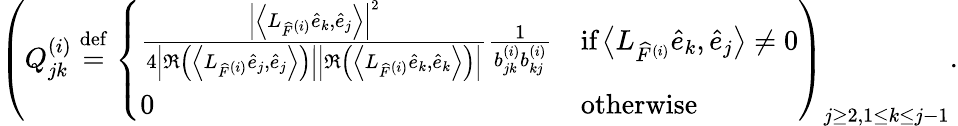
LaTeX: \left(Q_{jk}^{(i)}\stackrel{\mathrm{def}}{=}\left\{ \begin{array}{ll}{\frac{\left|\left\langle L_{\widehat{F}^{(i)}}\widehat{e}_{k},\widehat{e}_{j}\right\rangle\right|^{2}}{4\left|\Re\left(\left\langle L_{\widehat{F}^{(i)}}\widehat{e}_{j},\widehat{e}_{j}\right\rangle\right)\right|\left|\Re\left(\left\langle L_{\widehat{F}^{(i)}}\widehat{e}_{k},\widehat{e}_{k}\right\rangle\right)\right|}\frac{1}{b_{jk}^{(i)}b_{kj}^{(i)}}}&{\textrm{if}\left\langle L_{\widehat{F}^{(i)}}\widehat{e}_{k},\widehat{e}_{j}\right\rangle\neq 0}\\ {0}&{\textrm{otherwise}}\end{array}\right.\right)_{j\geq 2,1\leq k\leq j-1}.